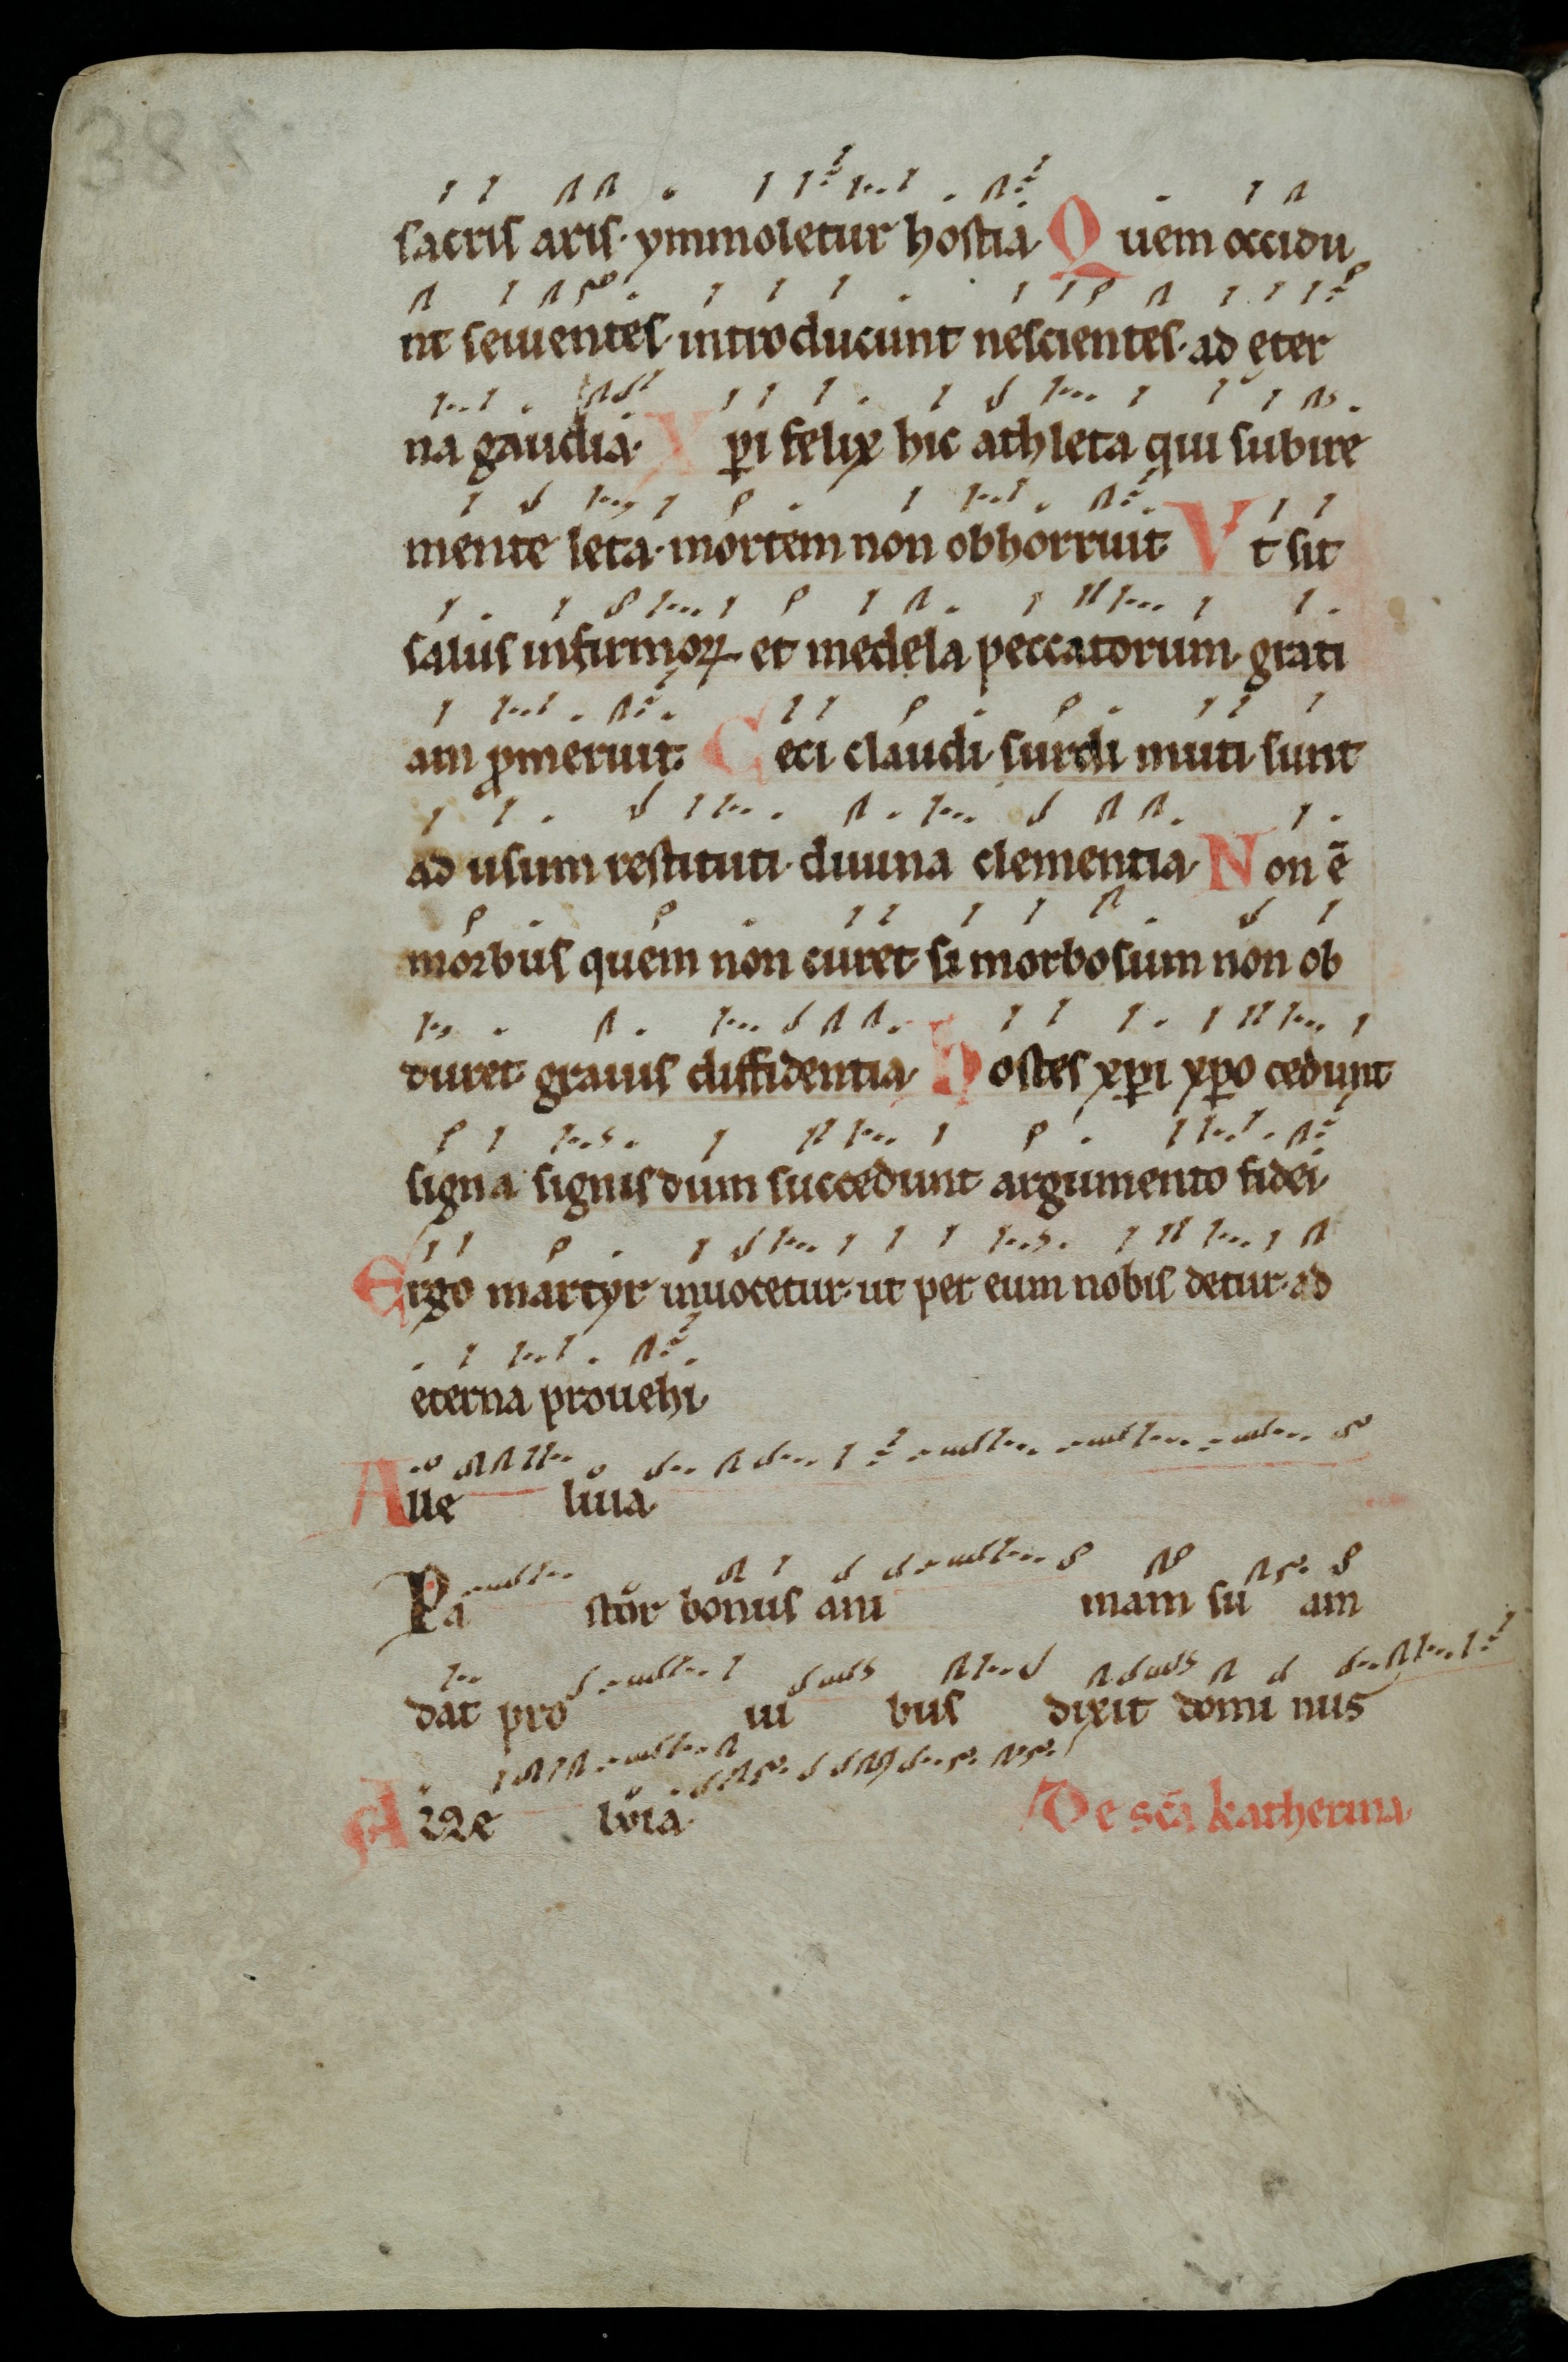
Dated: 1000–1099